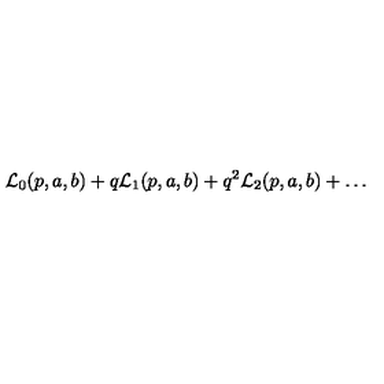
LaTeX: { \cal L } _ { 0 } ( p , a , b ) + q { \cal L } _ { 1 } ( p , a , b ) + q ^ { 2 } { \cal L } _ { 2 } ( p , a , b ) + \dots